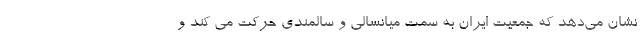
نشان می‌دهد که جمعیت ایران به سمت میانسالی و سالمندی حرکت می کند و